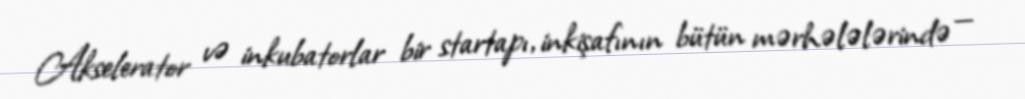
Akselerator və inkubatorlar bir startapı, inkişafının bütün mərhələlərində —